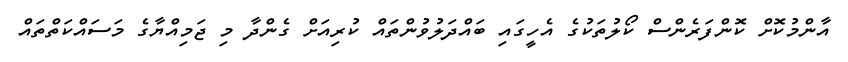
އާންމުކޮށް ކޮންފަރެންސް ކޯލުތަކުގެ އެހީގައި ބައްދަލުވުންތައް ކުރިއަށް ގެންދާ މި ޖަމިއްޔާގެ މަސައްކަތްތައް